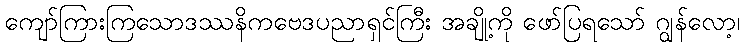
ကျော်ကြားကြသောဒဿနိကဗေဒပညာရှင်ကြီး အချို့ကို ဖော်ပြရသော် ဂျွန်လော့၊